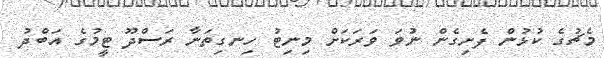
މެޗުގެ ކުޅުން ފެށިގެން ނުވަ ވަރަކަށް މިނިޓު ހިނގިތަނާ ރަސްދޫ ޓީމުގެ އަބްދު